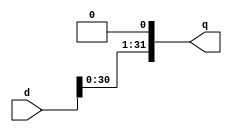
`timescale 1ns / 1ps
//////////////////////////////////////////////////////////////////////////////////
// Company: 
// Engineer: 
// 
// Design Name: 
// Module Name: ShiftLeft1
// Project Name: 
// Target Devices: 
// Tool Versions: 
// Description: 
// 
// Dependencies: 
// 
// Revision:
// Revision 0.01 - File Created
// Additional Comments:
// 
//////////////////////////////////////////////////////////////////////////////////


module ShiftLeft1 (input [31:0] d, output [31:0] q);
    assign q = {d[30:0], 1'b0};
endmodule